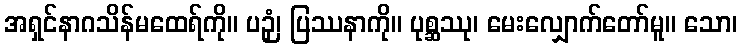
အရှင်နာဂသိန်မထေရ်ကို။ ပဉှံ၊ ပြဿနာကို။ ပုစ္ဆဿု၊ မေးလျှောက်တော်မူ။ သော၊